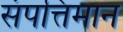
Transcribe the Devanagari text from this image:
संपत्तिमान